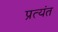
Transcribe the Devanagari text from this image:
प्रत्‍यंत